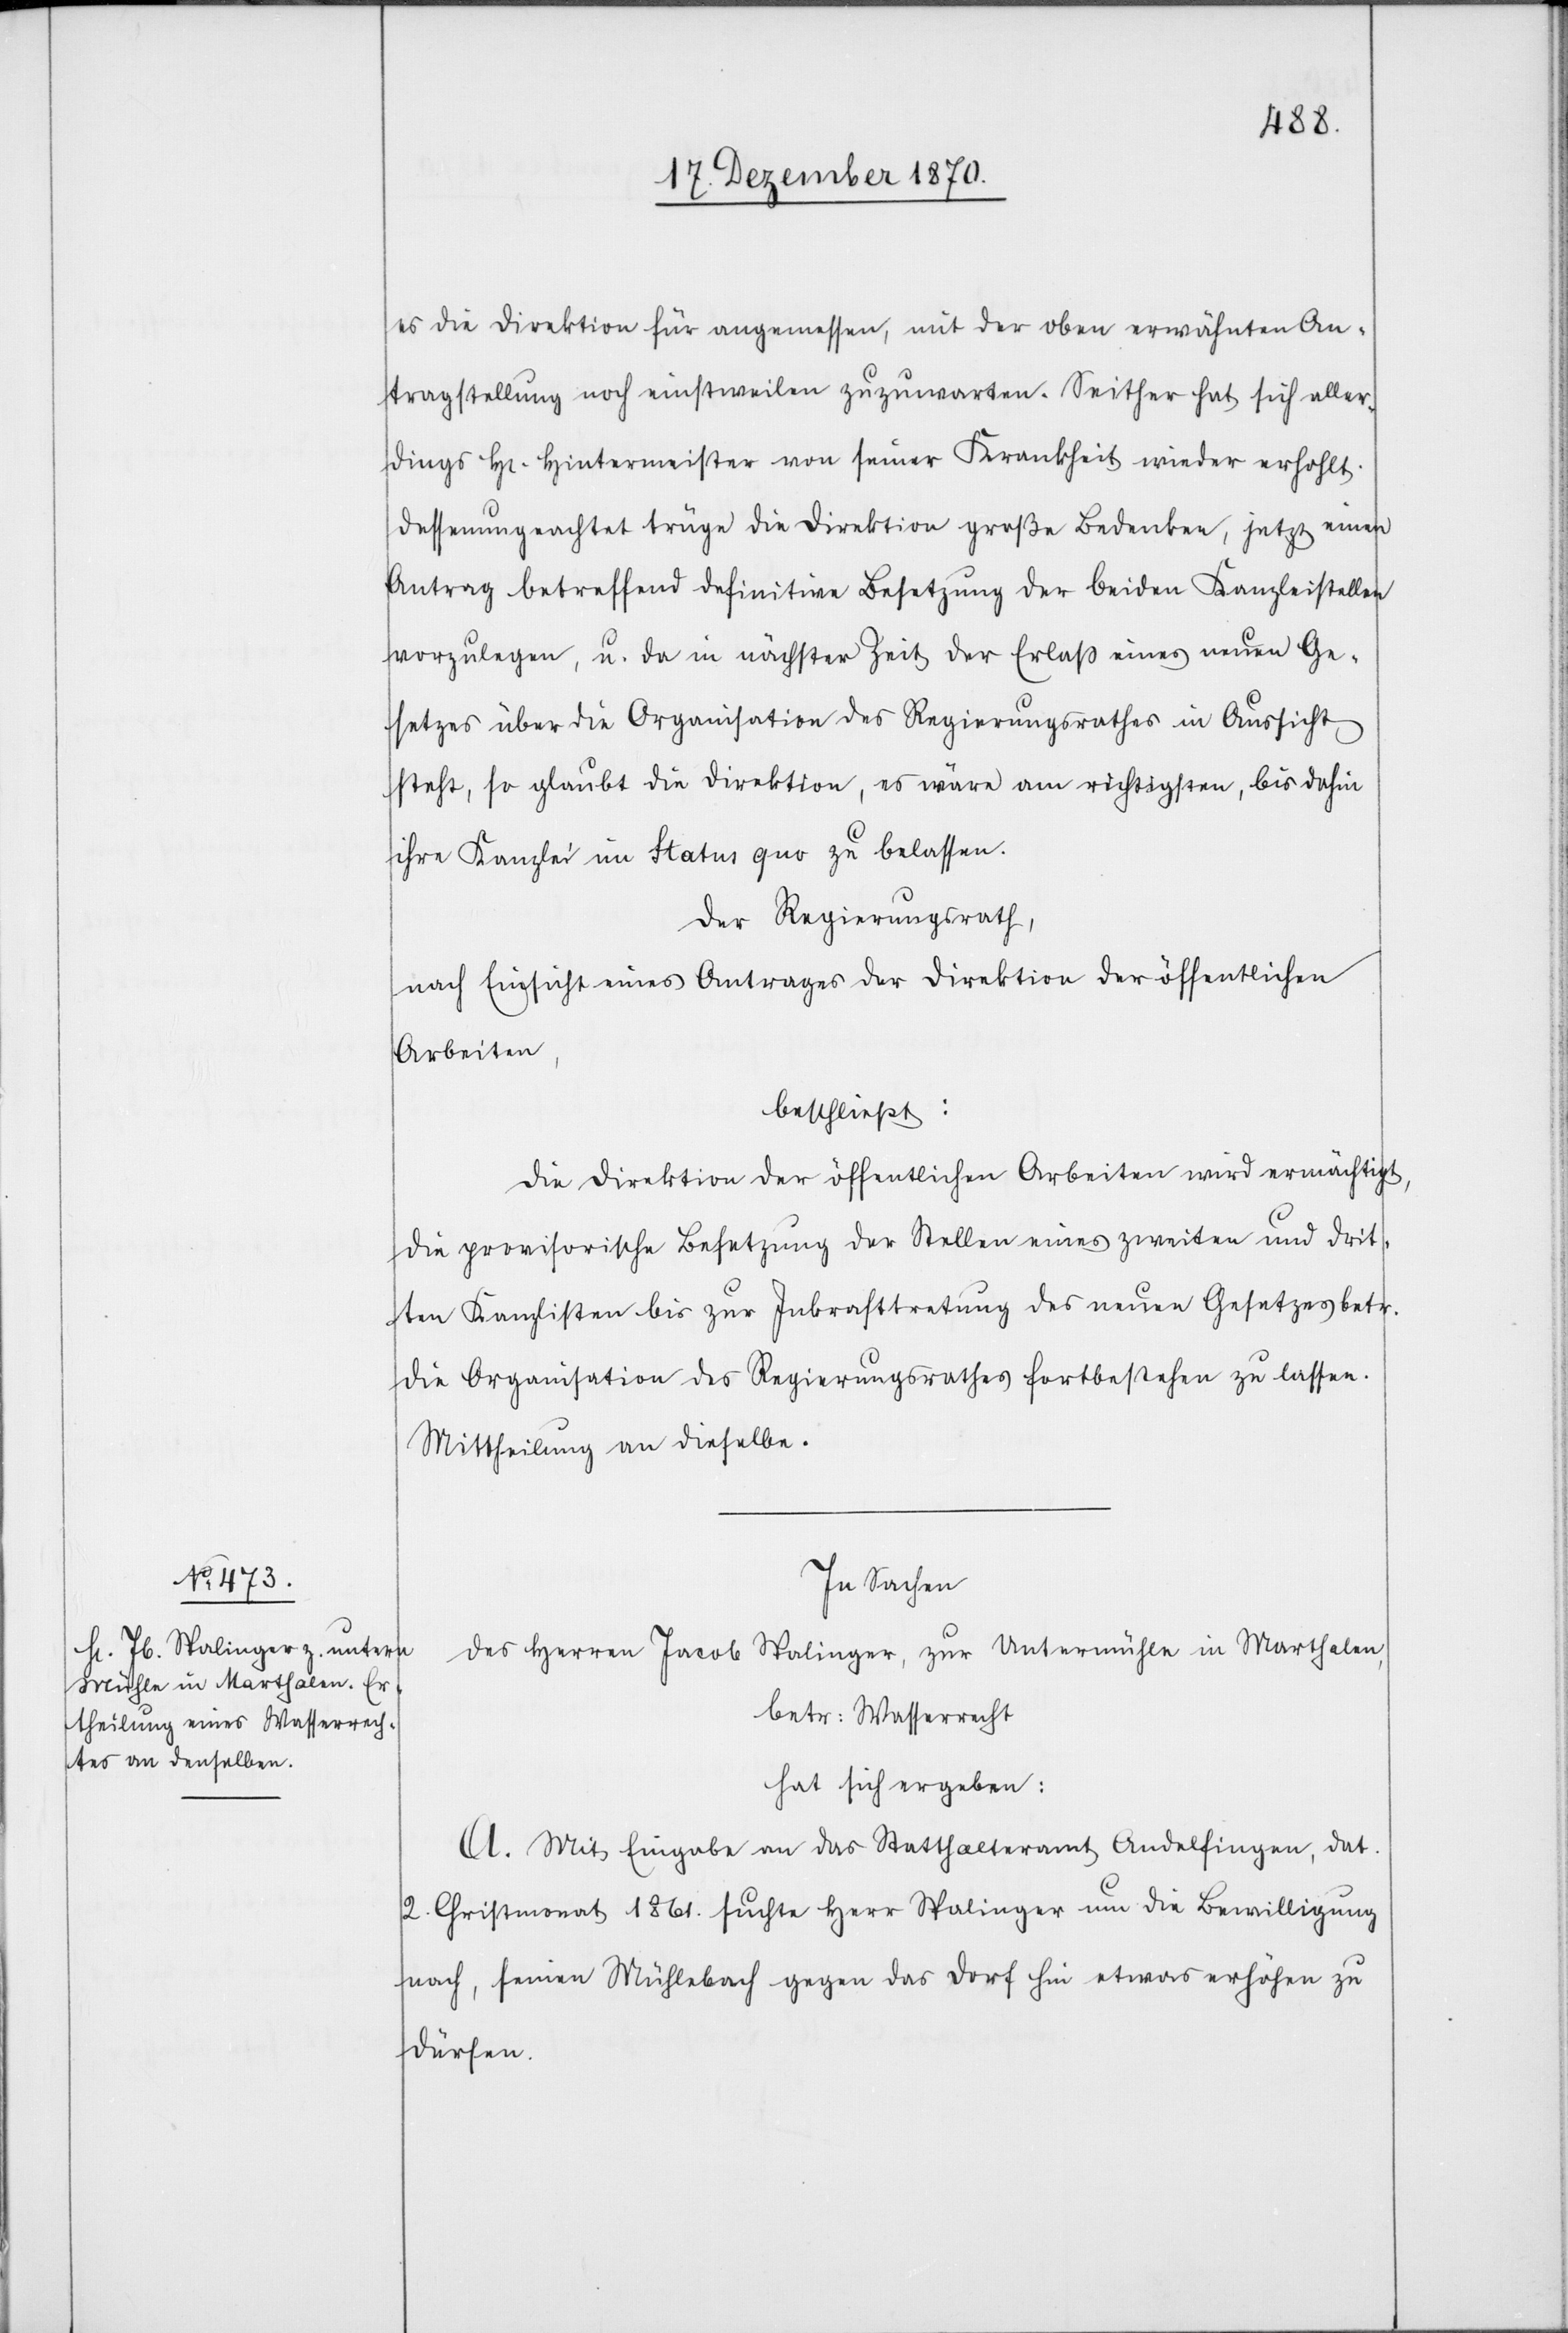
es die Direktion für angemessen, mit der oben erwähnten An¬
tragstellung noch einstweilen zuzuwarten. Seither hat sich aller¬
dings H[err] Hintermeister von seiner Krankheit wieder erholt.
Dessenungeachtet trägt die Direktion große Bedenken, jetzt einen
Antrag betreffend definitive Besetzung der beiden Kanzleistellen
vorzulegen, u. da in nächster Zeit der Erlaß eines neuen Ge¬
setzes über die Organisation des Regierungsrathes in Aussicht
steht, so glaubt die Direktion, es wäre am richtigsten, bis dahin
ihre Kanzlei im Status quo zu belassen.
Der Regierungsrath,
nach Einsicht eines Antrages der Direktion der öffentlichen
Arbeiten,
beschließt:
Die Direktion der öffentlichen Arbeiten wird ermächtigt,
die provisorische Besetzung der Stelle eines zweiten und drit¬
ten Kanzlisten bis zur Inkrafttretung des neuen Gesetzes betr.
die Organisation des Regierungsrathes fortbestehen zu lassen.
Mittheilung an dieselbe.
In Sachen
des Herren Jacob Spalinger, zur Untermühle in Marthalen,
betr: Wasserrecht
hat sich ergeben:
A. Mit Eingabe an das Statthalteramt Andelfingen, dat.
2. Christmonat 1861. suchte Herr Spalinger um die Bewilligung
nach, seinen Mühlebach gegen das Dorf hin etwas erhöhen zu
dürfen.